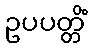
ဥပပတ္တိံ